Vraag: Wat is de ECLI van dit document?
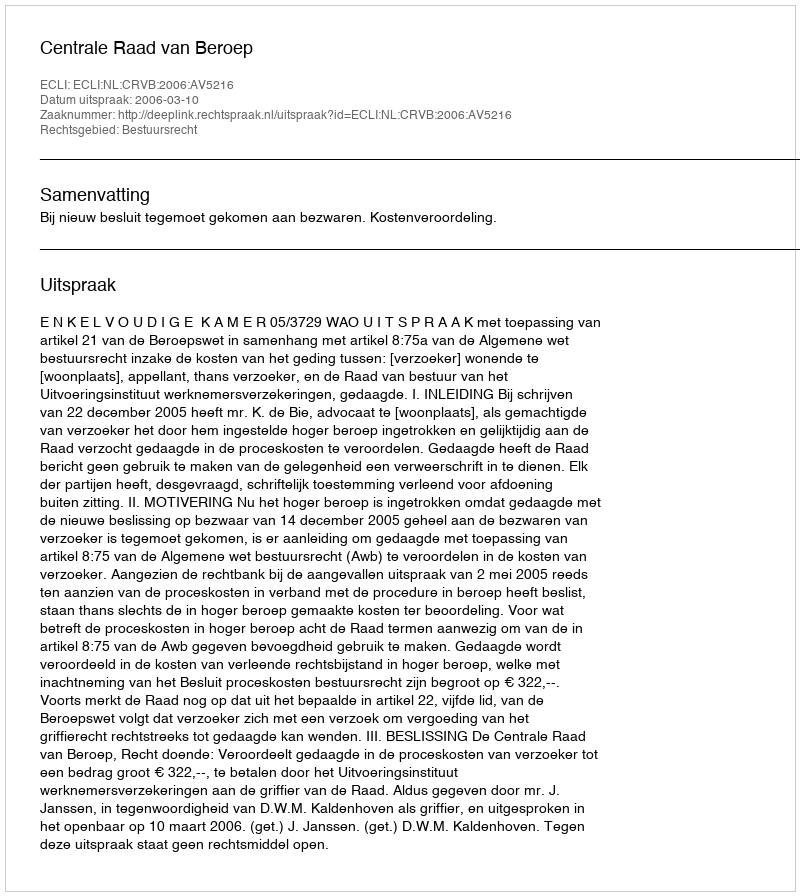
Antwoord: ECLI:NL:CRVB:2006:AV5216